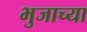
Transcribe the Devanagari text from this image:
भुजाच्या